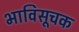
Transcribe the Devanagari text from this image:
भाविसूचक